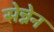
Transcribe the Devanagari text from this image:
सेन्नेन